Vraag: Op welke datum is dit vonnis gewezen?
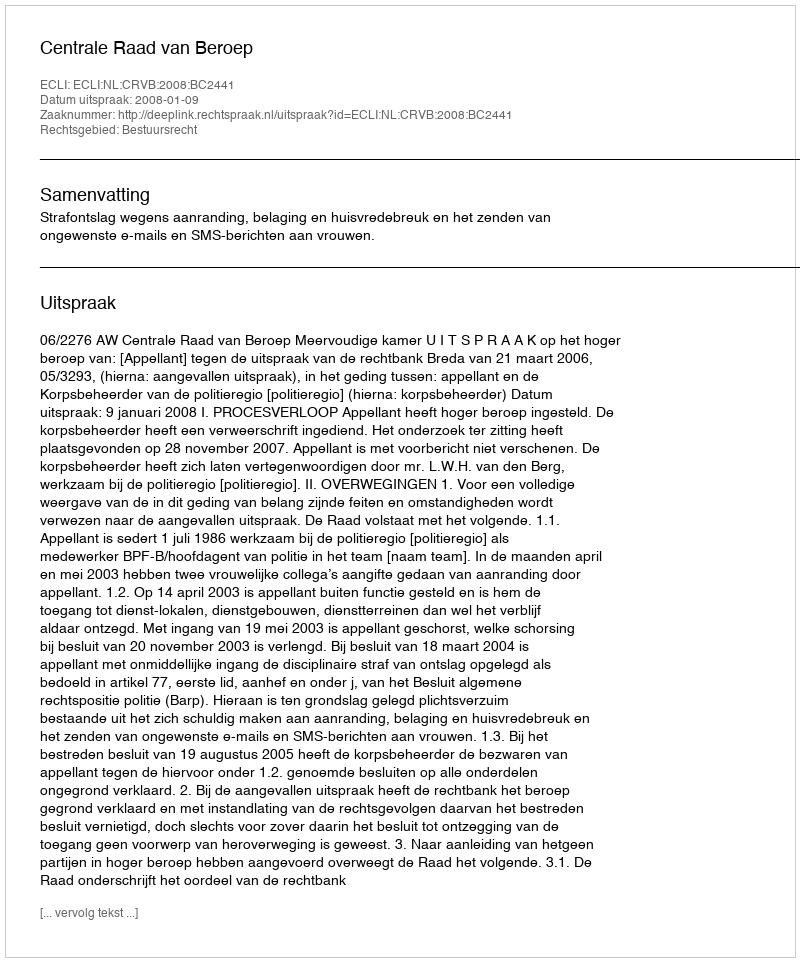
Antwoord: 2008-01-09